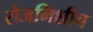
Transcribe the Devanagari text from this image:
रोजनिशीच